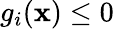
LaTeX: g_{i}(\mathbf{x})\leq 0